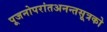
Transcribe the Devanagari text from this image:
पूजनोपरांतअनन्तसूत्रको